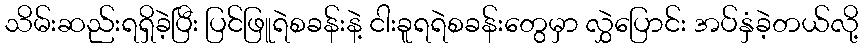
သိမ်းဆည်းရရှိခဲ့ပြီး ပြင်ဖြူရဲစခန်းနဲ့ ငါးခူရရဲစခန်းတွေမှာ လွှဲပြောင်း အပ်နှံခဲ့တယ်လို့